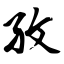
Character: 孜